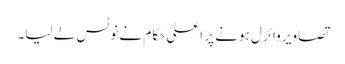
تصاویر وائرل ہونے پر اعلیٰ حکام نے نوٹس لے لیا۔